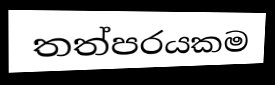
තත්පරයකම